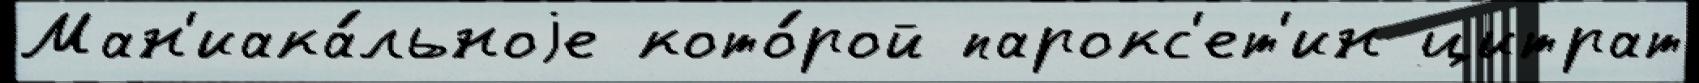
Ман'иака́льноjе кото́рой парокс'ет'ин цитрат